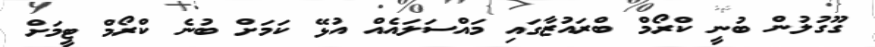
ގޫގުލުން ބުނީ ކްރޯމް ބްރައުޒާގައި މައްސަލައެއް އުޅޭ ކަމަށް ބުނެ ކްރޯމް ޓީމަށް